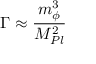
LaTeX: \Gamma \approx \frac { m _ { \phi } ^ { 3 } } { M _ { P l } ^ { 2 } }